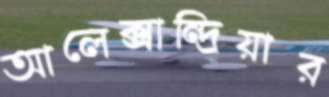
আলেক্সান্দ্রিয়ার